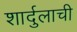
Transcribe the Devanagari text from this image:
शार्दुलाची